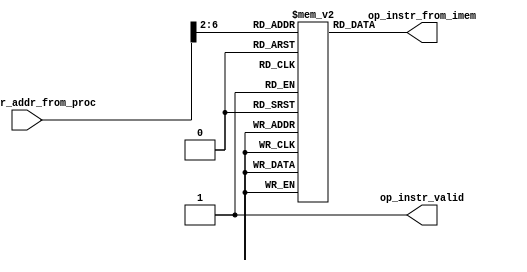
//Verilog code for Instruction Memory

module imem(

input wire [31:0] ip_instr_addr_from_proc,
output reg [31:0] op_instr_from_imem,
output reg op_instr_valid
);

//Memory to hold the instructions

reg [31:0] mem[31:0];

//Reading instruction is harmless and it doesn't need any control signal
always @(*) begin: imem_block
	op_instr_from_imem= mem[ip_instr_addr_from_proc [31:2]];
	op_instr_valid =1'b1;
end

endmodule